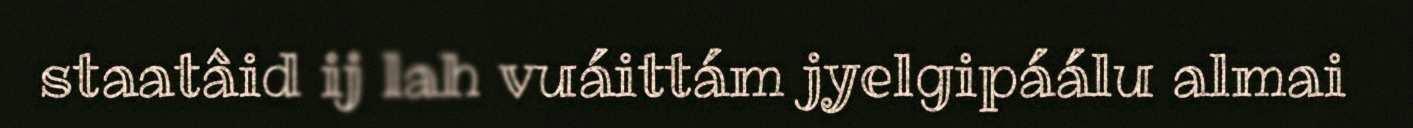
staatâid ij lah vuáittám jyelgipáálu almai